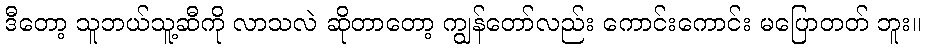
ဒီတော့ သူဘယ်သူ့ဆီကို လာသလဲ ဆိုတာတော့ ကျွန်တော်လည်း ကောင်းကောင်း မပြောတတ် ဘူး။